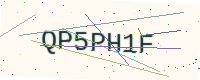
Text: QP5PH1F